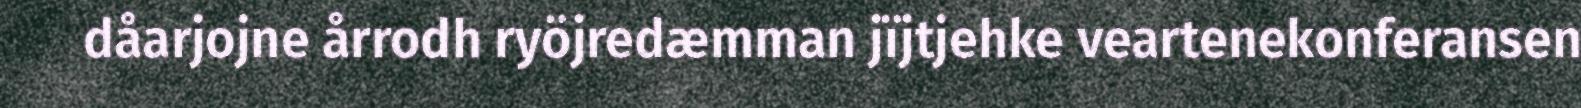
dåarjojne årrodh ryöjredæmman jïjtjehke veartenekonferansen